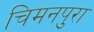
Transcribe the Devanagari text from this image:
चिमनपुरा